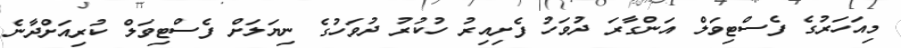
މިއަހަރުގެ ފެސްޓިވަލް އަންގާރަ ދުވަހު ފެށިއިރު ހުކުރު ދުވަހުގެ ނިޔަލަށް ފެސްޓިވަލް ކުރިއަށްދާނެ